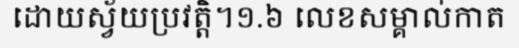
ដោយស្វ័យប្រវត្តិ។១.៦ លេខសម្គាល់កាត